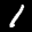
Label: 1